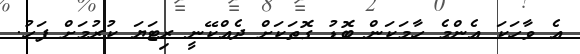
އެ ވާހަކަ އެންމެ ހާމަކަން ބޮޑު ގޮތަކަށް ދެއްކޭނީ ރިޓަޔަ ކުރުމަށް ފަހު.